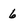
Character: 6